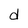
Character: d